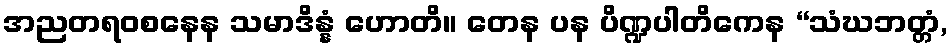
အညတရဝစနေန သမာဒိန္နံ ဟောတိ။ တေန ပန ပိဏ္ဍပါတိကေန “သံဃဘတ္တံ,